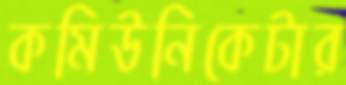
কমিউনিকেটার